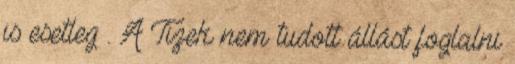
is esetleg . A Tizek nem tudott állást foglalni